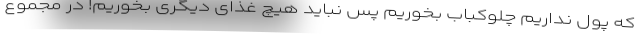
که پول نداریم چلوکباب بخوریم پس نباید هیچ غذای دیگری بخوریم! در مجموع